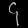
Digit: ၄